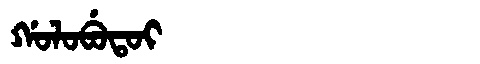
Manchu: ᡤᠣᠯᠣᠪᡠᡨᠣᡳ
Romanization: GOLOBUTOI